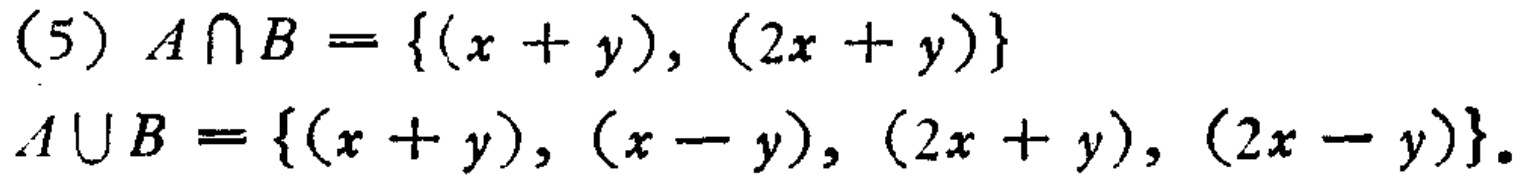
(5) \(A\cap B = \{(x + y), (2x + y)\}\)

\(A\cup B = \{(x + y), (x - y), (2x + y), (2x - y)\}\)